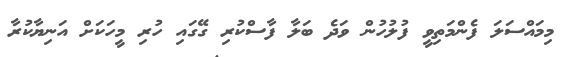
މިމައްސަލަ ފެންމަތިވީ ފުލުހުން ވަދެ ބަލާ ފާސްކުރި ގޭގައި ހުރި މީހަކަށް އަނިޔާކުރާ